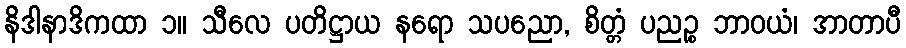
နိဒါနာဒိကထာ ၁။ သီလေ ပတိဋ္ဌာယ နရော သပညော, စိတ္တံ ပညဉ္စ ဘာဝယံ၊ အာတာပီ